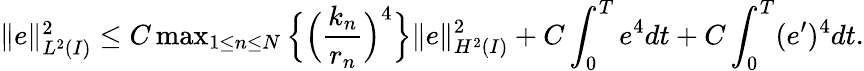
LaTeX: \begin{array}{r}{\| e\| _{L^{2}(I)}^{2}\le C\operatorname*{max}_{1\le n\le N}\Big\{ \Big(\displaystyle\frac{k_{n}}{r_{n}}\Big)^{4}\Big\} \| e\| _{H^{2}(I)}^{2}+C\displaystyle\int_{0}^{T}e^{4}dt+C\displaystyle\int_{0}^{T}(e^{\prime})^{4}dt.}\end{array}